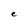
Character: e